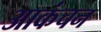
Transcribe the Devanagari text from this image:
आकंचन